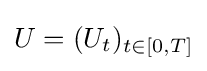
U=(U_{t})_{t\in [0,T]}